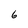
Character: 6